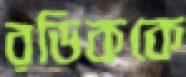
রডিককে